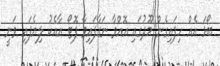
ބޯޅަ އެއް ހިފައިގެން މޫދުގައި އޮއްވާ ނަގާފައިވާ ފޮޓޯ އާއެކު ލިޔެފައި ވަނީ